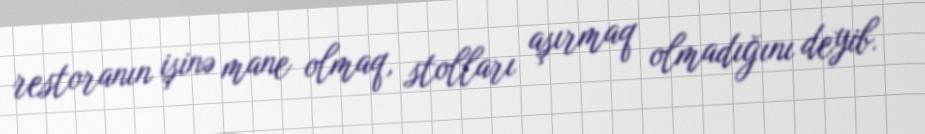
restoranın işinə mane olmaq, stolları aşırmaq olmadığını deyib.